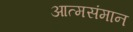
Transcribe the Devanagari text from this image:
आत्मसंमान